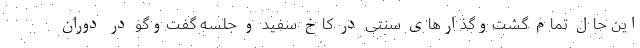
این حال تمام گشت‌و‌گذارهای سنتی در کاخ سفید و جلسه گفت‌و‌گو در دوران